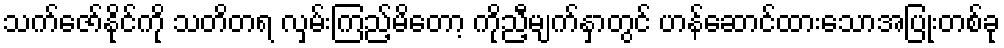
သက်ဇော်နိုင်ကို သတိတရ လှမ်းကြည့်မိတော့ ကိုညီ့မျက်နှာတွင် ဟန်ဆောင်ထားသောအပြုံးတစ်ခု